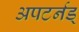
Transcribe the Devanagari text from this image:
अपटर्नड्